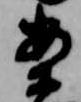
案